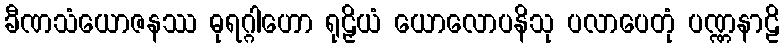
ခီဏသံယောဇနဿ ဓုရဂ္ဂါဟော ရုဠှိယံ ယောလောပနိသု ပလာပေတုံ ပဏ္ဏနာဠိ